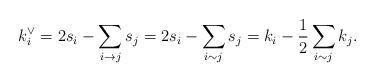
LaTeX: \begin{align*} k^{\vee}_{i} &= 2 s_{i} - \sum_{i\to j} s_{j} = 2 s_{i} - \sum_{i\sim j} s_{j} = k_{i} - \frac{1}{2} \sum_{i\sim j} k_{j}. \end{align*}